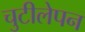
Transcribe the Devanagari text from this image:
चुटीलेपन